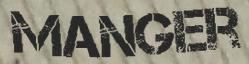
MANGER